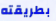
بطريقته